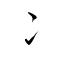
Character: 冫